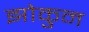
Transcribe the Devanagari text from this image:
झोकुन